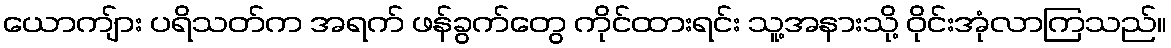
ယောကျ်ား ပရိသတ်က အရက် ဖန်ခွက်တွေ ကိုင်ထားရင်း သူ့အနားသို့ ဝိုင်းအုံလာကြသည်။